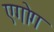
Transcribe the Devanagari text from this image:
एगोग